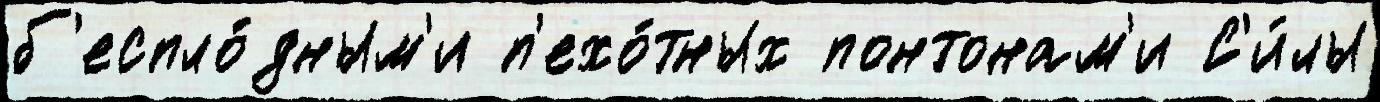
б'еспло́дным'и п'ехо́тных понтонам'и С'и́лы